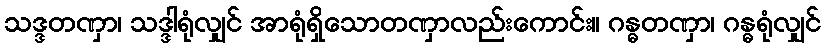
သဒ္ဒတဏှာ၊ သဒ္ဒါရုံလျှင် အာရုံရှိသောတဏှာလည်းကောင်း။ ဂန္ဓတဏှာ၊ ဂန္ဓရုံလျှင်